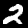
Digit: 2